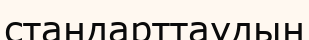
стандарттаудың